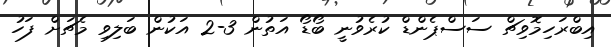
އިބްރަހިމޮވިޗް ސަސްޕެންޑް ކުރެވުނީ ބޯޑޯ އަތުން 3-2 އަކުން ބަލިވި މެޗަށް ފަހު